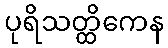
ပုရိသတ္ထိကေန